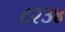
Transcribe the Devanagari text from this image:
८२३४